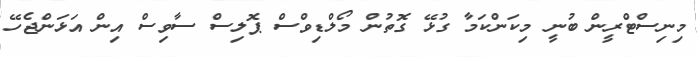
މިނިސްޓްރީން ބުނީ މިކަންކަމާ ގުޅޭ ގޮތުން މޯލްޑިވްސް ޕޮލިސް ސާވިސް އިން އަޅަންޖެހޭ